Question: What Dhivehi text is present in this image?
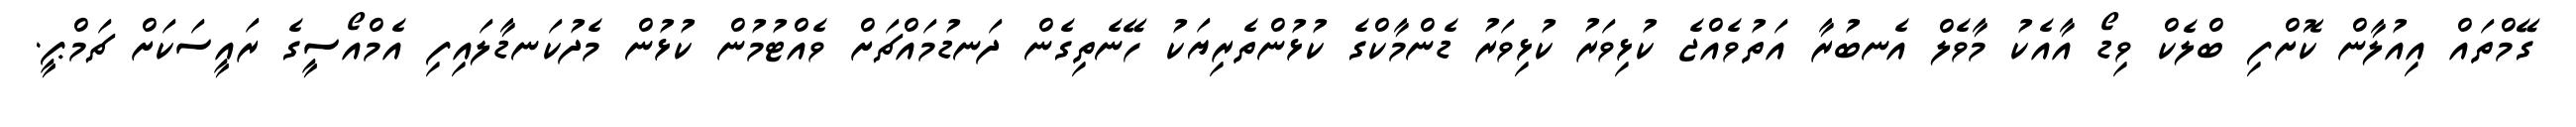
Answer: ގޭމްތައް އިއުލާން ކޮށްފި ބްލެކް ވިޑޯ އާއެކު މާވެލް އެނބުރާ އަތުވެއްޖެ ކުޅިވަރު ކުޅިވަރު ޑެންމާކްގެ ކުޅުންތެރިޔަކު ހޭނެތިގެން ދަނޑުމައްޗަށް ވެއްޓުމުން ކުޅުން މެދުކަނޑާލައިފި އެމްއޯސީގެ ރައީސަކަށް ޗަމްޕީ.